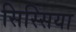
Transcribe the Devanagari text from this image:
सिस्सिया